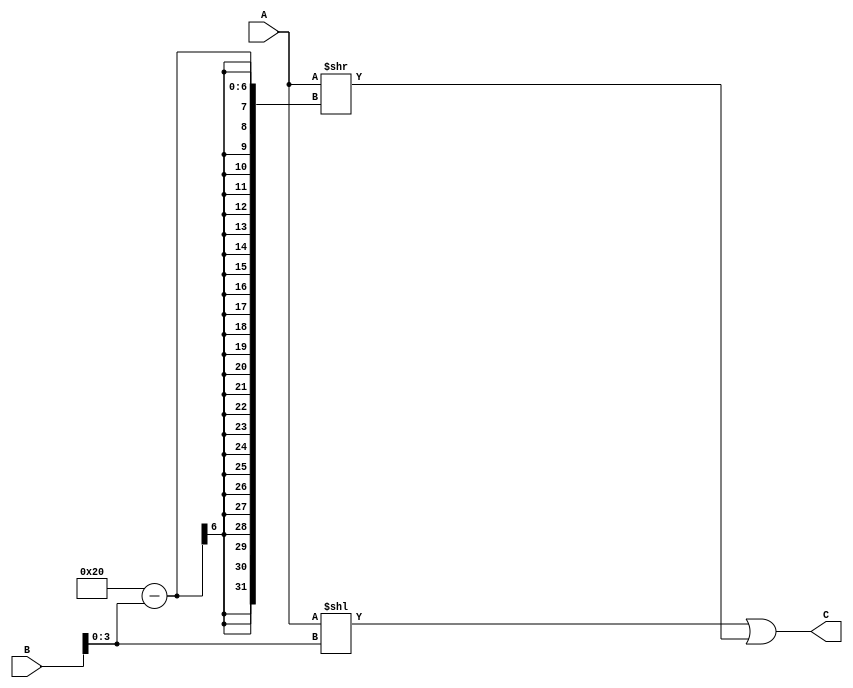
`timescale 1ns/10ps
module rotateLeft(A, B, C);
input [31:0] A, B;
output reg [31:0] C;
always@(A or B)
	begin
	C = (A << B[3:0])|(A >> 32-B[3:0]);
	end
endmodule